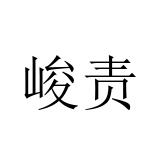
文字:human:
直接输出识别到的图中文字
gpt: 峻责